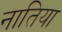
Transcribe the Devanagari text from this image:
नातिया